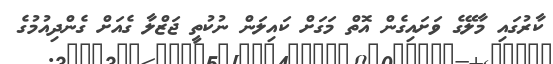
ކާރުގައި މާލޭގެ ވަށައިގެން އޮތް މަގަށް ކައިލަން ނުކުތީ ޖަޒްލާ ގެއަށް ގެންދިއުމުގެ